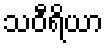
သဝီရိယာ